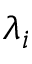
\lambda _ { i }